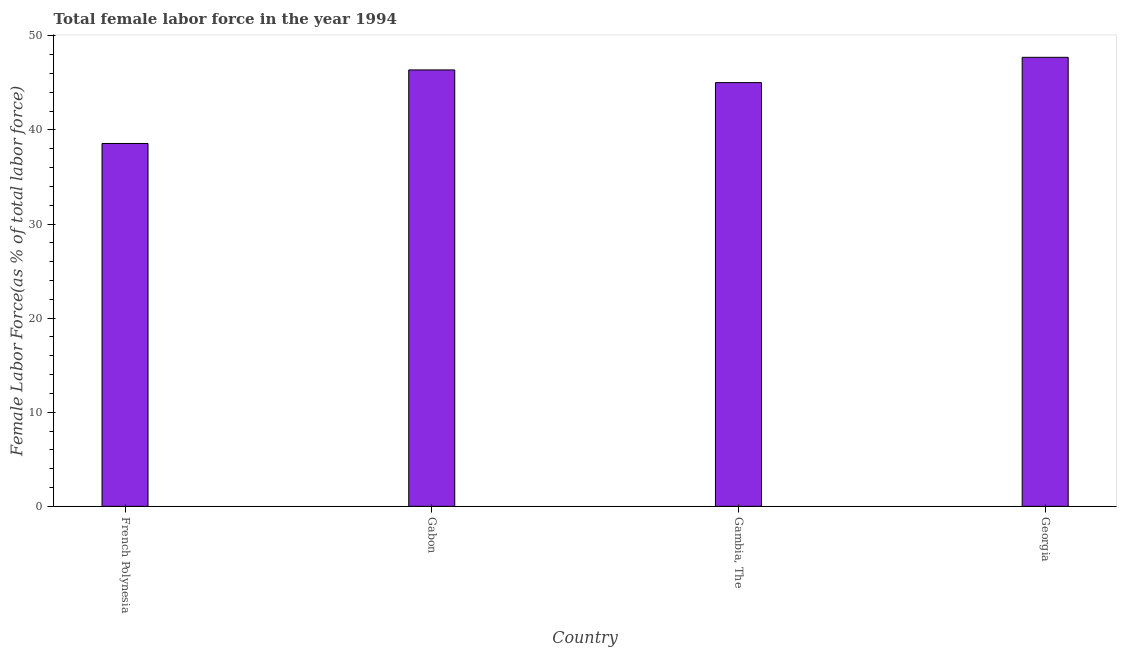
| Country | Female Labor force |
 | --- | --- |
 | French Polynesia | 38.6 |
 | Gabon | 46.4 |
 | Gambia, The | 45 |
 | Georgia | 47.7 |